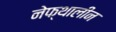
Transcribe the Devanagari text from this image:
नेफ्थालीन